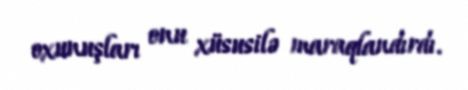
oxunuşları onu xüsusilə maraqlandırdı.